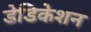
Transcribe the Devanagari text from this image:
डेडिकेशन